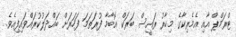
ޓްރަމްޕް އާއި އެމެރިކާގެ މިހާރު ރައީސް ބަރަކް އޮބާމާ ފުރަތަމަ ފަހަރަށް ބައްދަލުކުރައްވައިފިއެވެ.